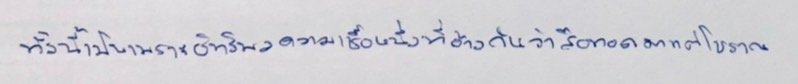
ทั้งนี้เป็นเพราะอิทธิพลความเชื่อหนึ่งที่อ้างกันว่าสืบทอดมาแต่โบราณ